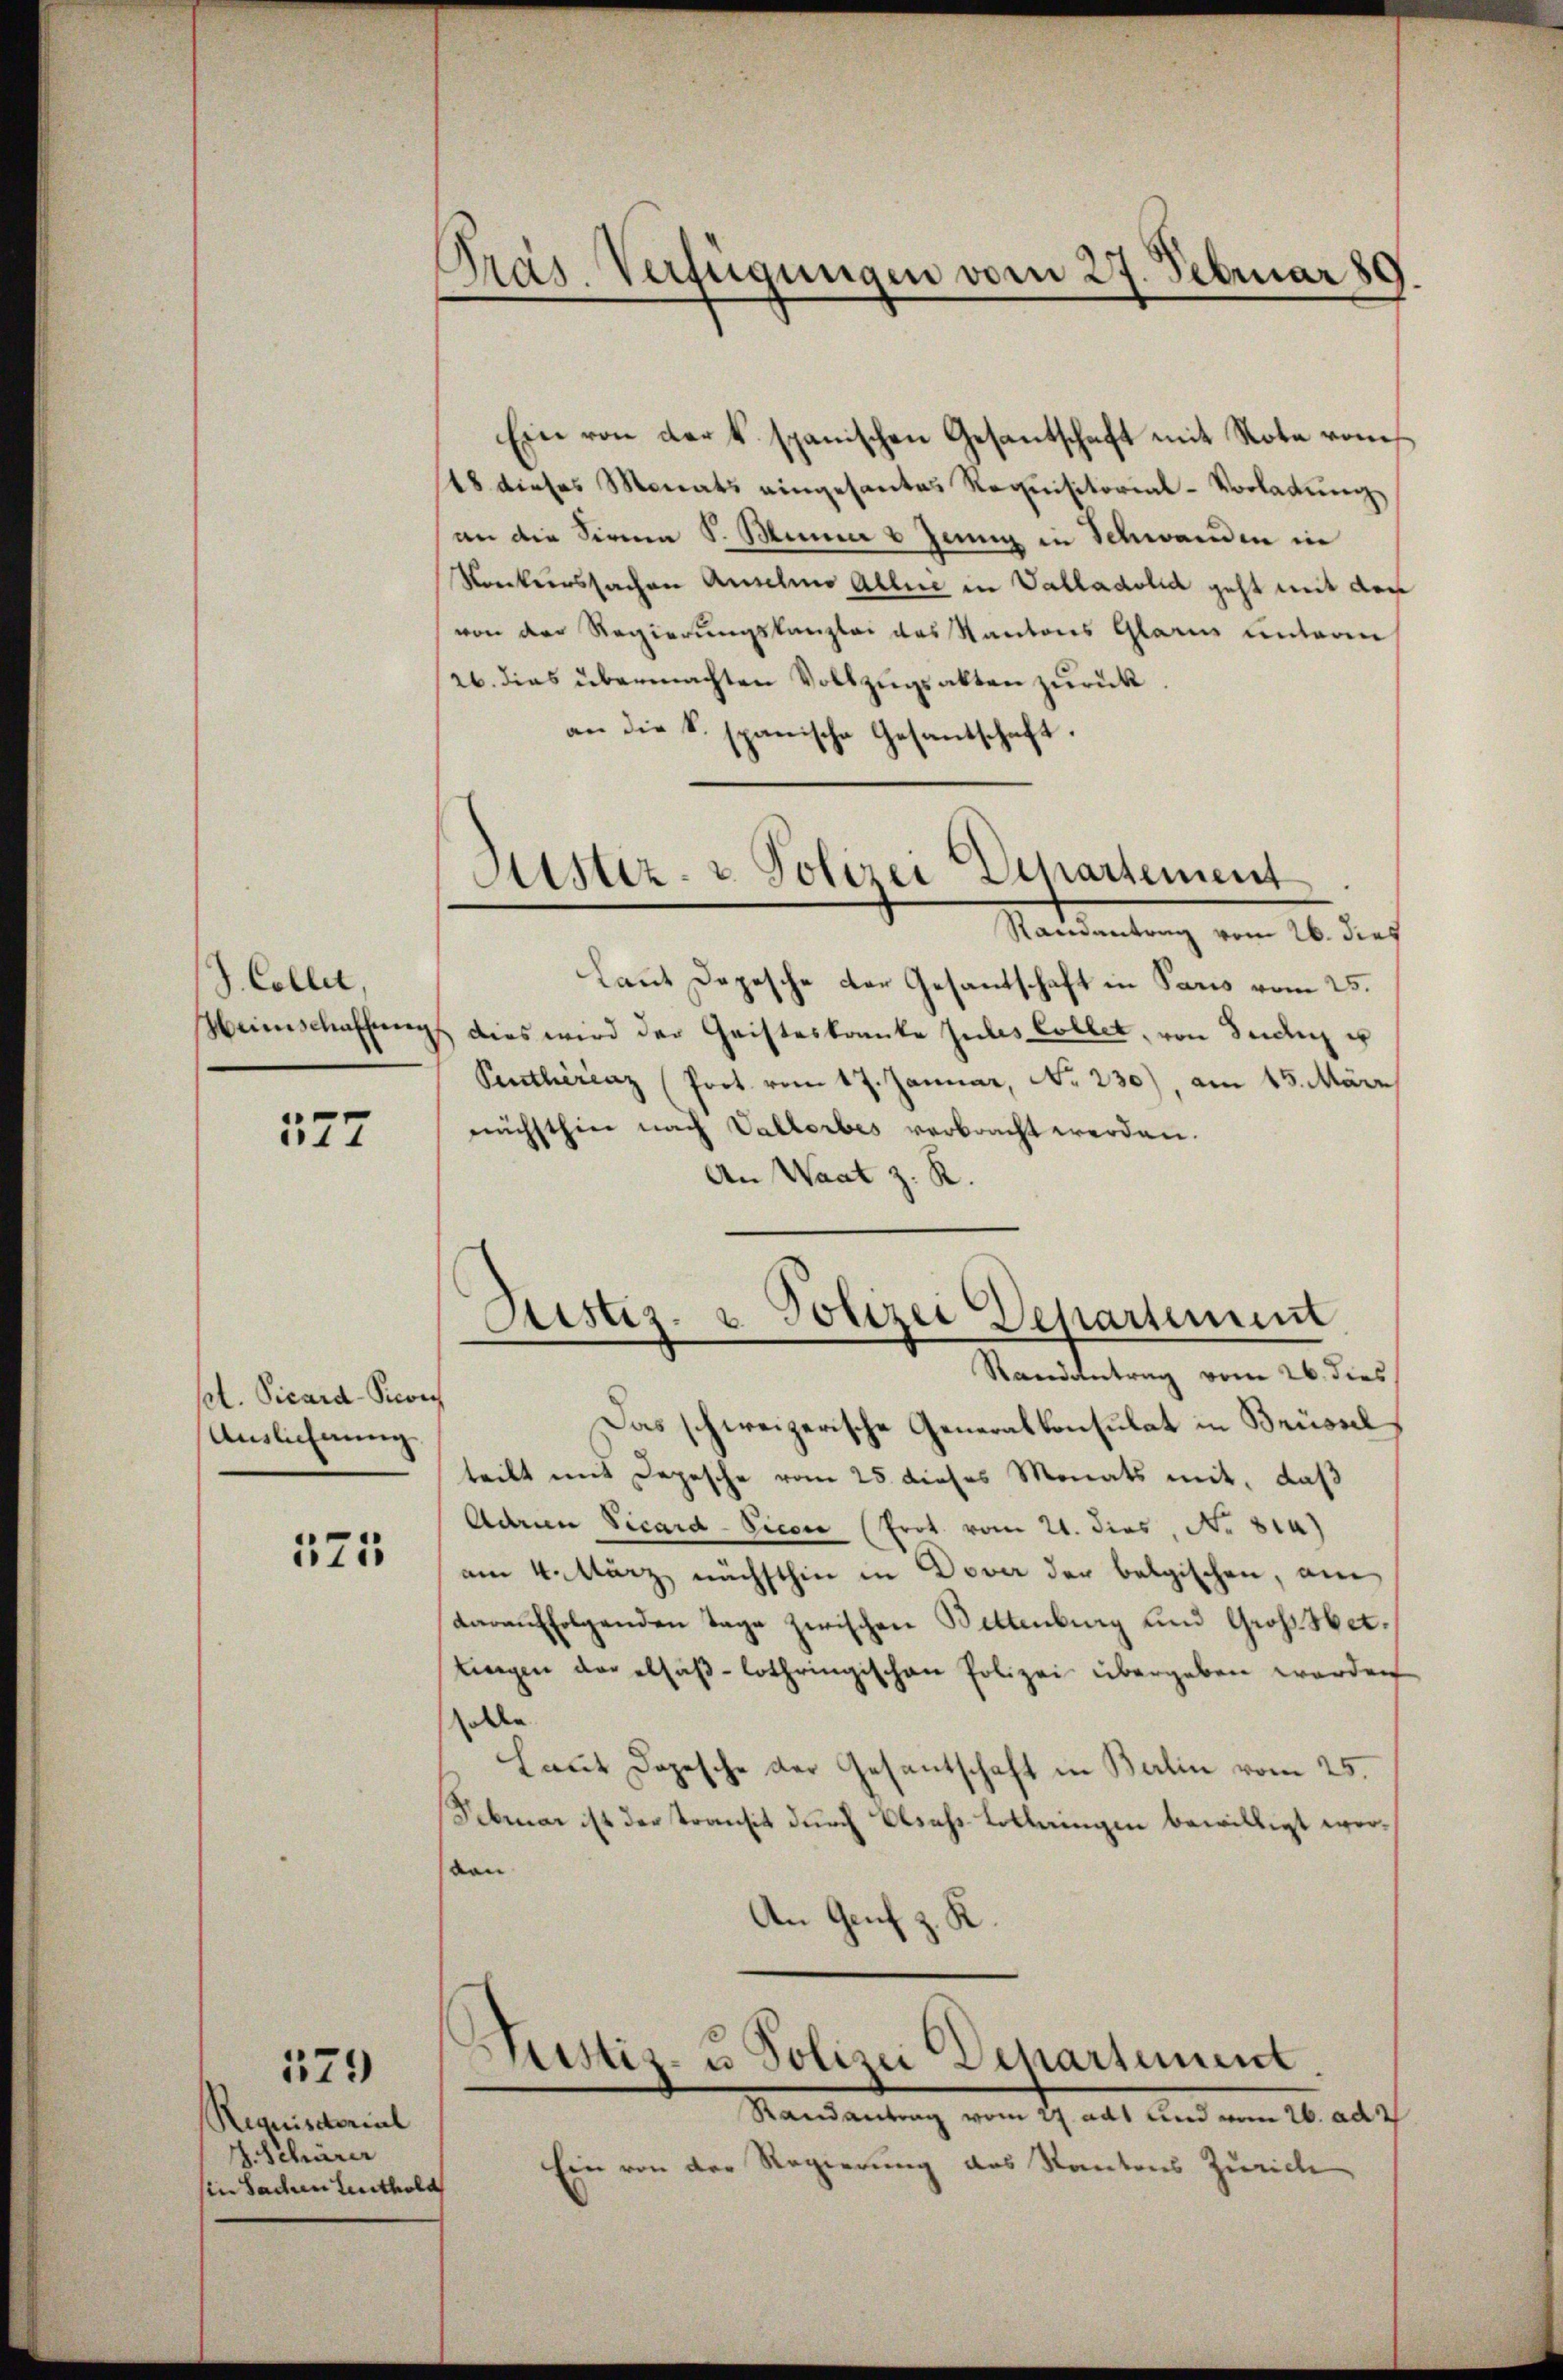
J. Collet,

577

pol. Vicard-Pecon
Anslichnung.

121

179

equisitorial
H. Schärer
in Sachen Leuthold

Präs. Verfügungen vom 27. Februar 89.

Ein von der k. spanischen Gesantschaft mit Note von
18 dieses Monats eingesantes Requisitorial-Vorladung
an die Sinnen S. Manne 6 Junig in Schwanden in
Konkurssachen Ansehio Aller in Valladolid geht mit der
von der Regierungskanzlei des Kantons Glarus unterm
/26. dies übermachten Vollzugsakten zurück
an die k. spanische Gesantschaft
Laut Depesche der Gesandschaft in Paris vom 25.
eimschaffung dies wird der Geisteskranke julis Collet, von Juden u
Ventherenz (Prot. vom 17. Januar, No. 230), am 15. März
nächsthin nach Vallerbes verbracht werden.
An Waat z. R.
Justiz- u Polizei Departement
Randantrag vom 26. dies
Das schweizerische Generalkonsulat in Brüssel
teilt mit Depesche vom 25. dieses Monats mit, daß
Adrn Vicard-Picon (Prot vom 21. dies, No 814)
am 4. März, nächsthin in Dover der belgischen, am
darauffolgenden Tage zwischen Bettenburg und Groß-Hettingen der elsaß-Lothringischen Polizei übergeben werden
solle
Haut Depesche der Gesantschaft in Balin vom 25.
Februar ist der Transit durch Blichs Collingen bewilligt wervon
An Genf v. K
8
Justiz- u. Polizei Departement.
Randantrag vom 27. adt und vom 26. ad
Ein von der Regierung des Kantons Zürich

Astiz- & Polizei Departement
Randantrag vom 26. dies